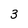
Character: 3